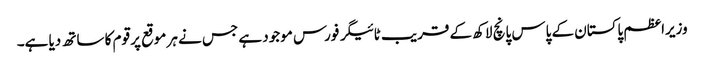
وزیراعظم پاکستان کے پاس پانچ لاکھ کے قریب ٹائیگر فورس موجود ہے جس نے ہر موقع پر قوم کا ساتھ دیا ہے۔